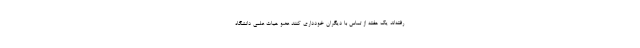
رفته‌اند یک هفته از تماس با دیگران خودداری کنند عضو هیات علمی دانشگاه